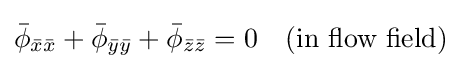
{\bar {\phi }}_{{\bar {x}}{\bar {x}}}+{\bar {\phi }}_{{\bar {y}}{\bar {y}}}+{\bar {\phi }}_{{\bar {z}}{\bar {z}}}=0\quad {\mbox{(in flow field)}}